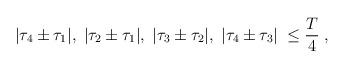
LaTeX: \begin{align*}| {\tau}_4 \pm {\tau}_1 |, \; | {\tau}_2 \pm {\tau}_1 |, \; | {\tau}_3 \pm {\tau}_2 |, \; | {\tau}_4 \pm {\tau}_3 | \; \leq \frac{T}{4} \; ,\end{align*}